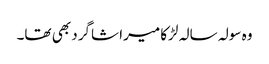
وہ سولہ سالہ لڑکا میرا شاگرد بھی تھا۔